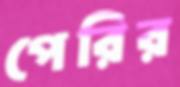
পেরির